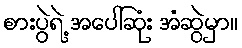
စားပွဲရဲ့ အပေါ်ဆုံး အံဆွဲမှာ။